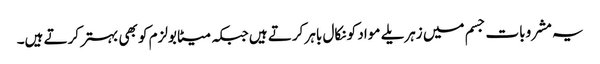
یہ مشروبات جسم میں زہریلے مواد کو نکال باہر کرتے ہیں جبکہ میٹابولزم کو بھی بہتر کرتے ہیں۔